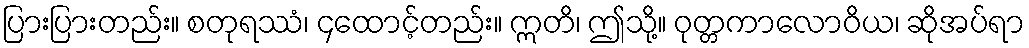
ပြားပြားတည်း။ စတုရဿံ၊ ၄ထောင့်တည်း။ ဣတိ၊ ဤသို့။ ဝုတ္တကာလောဝိယ၊ ဆိုအပ်ရာ